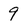
Character: 9